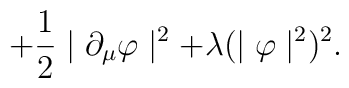
+\frac{1}{2}\mid\partial_{\mu}\varphi\mid^{2}+ \lambda (\mid\varphi\mid^{2})^{2} .